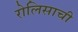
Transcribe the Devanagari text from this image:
रोलिसाची